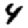
Digit: 4